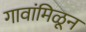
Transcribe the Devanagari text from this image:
गावांमिळून